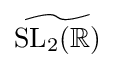
{\widetilde {\mathrm {SL} _{2}(\mathbb {R} )}}